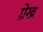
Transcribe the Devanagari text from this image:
ग्रेख